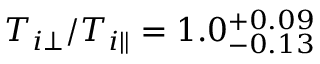
T _ { i \perp } / T _ { i \parallel } = 1 . 0 _ { - 0 . 1 3 } ^ { + 0 . 0 9 }